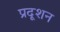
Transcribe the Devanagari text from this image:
प्रदूशन